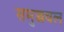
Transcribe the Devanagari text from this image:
समुज्जवल